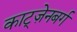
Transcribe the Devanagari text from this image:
काट्ज़ेनबर्ग